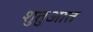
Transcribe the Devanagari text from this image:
शुतुआत